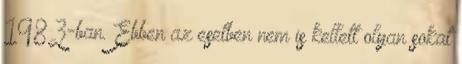
1983-ban. Ebben az esetben nem is kellett olyan sokat